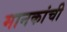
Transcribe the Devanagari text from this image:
मानकांची